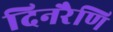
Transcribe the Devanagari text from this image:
दिनरैणि